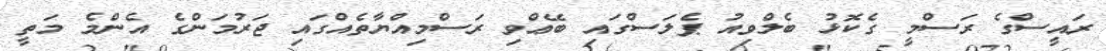
ރައީސްގެ ރަސްމީ ގެކޮޅު ބެލްވިއު ޕެލަސްގައި ބޭޢްވި ރަސްމިއްޔާތެއްގައި ޖަރުމަންގެ އެންމެ މަތީ